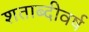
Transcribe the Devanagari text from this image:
शताब्दीवर्ष